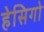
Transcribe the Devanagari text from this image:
हेसिगो